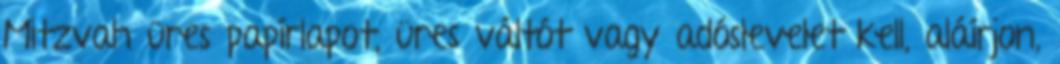
Mitzvah üres papírlapot, üres váltót vagy adóslevelet kell, aláírjon,